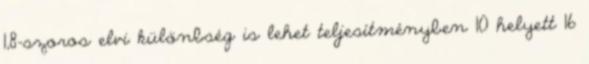
1,8-szoros elvi különbség is lehet teljesítményben 10 helyett 16